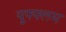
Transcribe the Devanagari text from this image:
यूफ्फ्लम